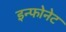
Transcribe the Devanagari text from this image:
इन्फोनेट